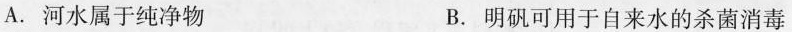
A.河水属于纯净物 B.明矾可用于自来水的杀菌消毒